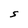
Character: S